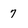
Character: 7